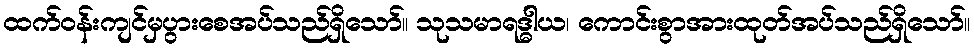
ထက်ဝန်းကျင်မှပွားစေအပ်သည်ရှိသော်။ သုသမာရဒ္ဓါယ၊ ကောင်းစွာအားထုတ်အပ်သည်ရှိသော်။